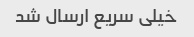
خیلی سریع ارسال شد